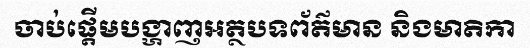
ចាប់ផ្តើមបង្ហាញអត្ថបទព័ត៌មាន និងមាតិកា